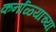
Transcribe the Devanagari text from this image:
कर्नाळ्याच्या